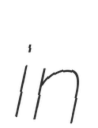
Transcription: in